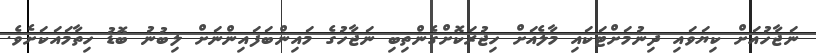
ނަޖާހުއަށް ކިޔަވައި ދިނުމަށްޓަކައި މާލެއަށް ހިޖުރަކޮށްގެންތިބި ނަޖާހުގެ މައިންބަފައިންނަށް ލިބުނު ބޮޑު ހިތާމައަކަށެވެ.